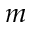
m